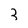
Character: 3